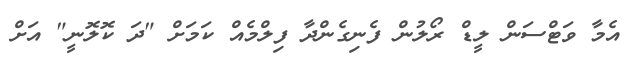
އެމާ ވަޓްސަން ލީޑް ރޯލުން ފެނިގެންދާ ފިލްމެއް ކަމަށް "ދަ ކޮލޮނީ" އަށް